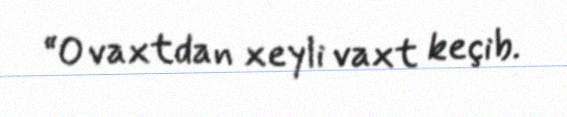
“O vaxtdan xeyli vaxt keçib.